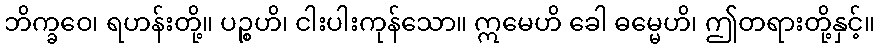
ဘိက္ခဝေ၊ ရဟန်းတို့။ ပဉ္စဟိ၊ ငါးပါးကုန်သော။ ဣမေဟိ ခေါ ဓမ္မေဟိ၊ ဤတရားတို့နှင့်။